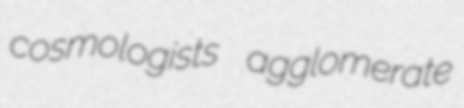
cosmologists agglomerate